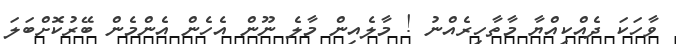
ވާހަކަ ދެއްކިއްޔާ މާތާހިރެއްނު ! މާލެއިން މާލެ ނޫން އެހެން އެންމެން ބޭރުކޮށްބަލަ